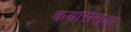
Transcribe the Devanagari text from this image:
कयाससुद्धा